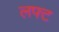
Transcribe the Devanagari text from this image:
लफ्ट